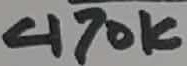
Text: 470K